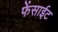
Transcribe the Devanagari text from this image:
फेंसाईट